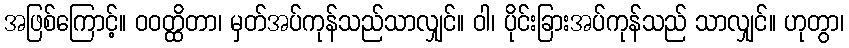
အဖြစ်ကြောင့်။ ဝဝတ္ထိတာ၊ မှတ်အပ်ကုန်သည်သာလျှင်။ ဝါ၊ ပိုင်းခြားအပ်ကုန်သည် သာလျှင်။ ဟုတွာ၊